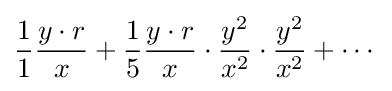
{\frac {1}{1}}{\frac {y\cdot r}{x}}+{\frac {1}{5}}{\frac {y\cdot r}{x}}\cdot {\frac {y^{2}}{x^{2}}}\cdot {\frac {y^{2}}{x^{2}}}+\cdots